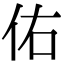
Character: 佑